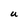
Character: U